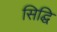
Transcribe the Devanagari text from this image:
सिद्घि